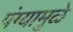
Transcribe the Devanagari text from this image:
पंग्यामुळे